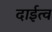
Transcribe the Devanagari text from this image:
दाईत्व